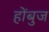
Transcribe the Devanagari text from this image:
होंबुज